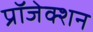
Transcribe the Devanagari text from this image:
प्रॉजेक्शन